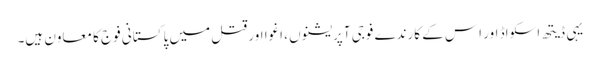
یہی ڈیتھ اسکواڈ اور اِس کے کارندے فوجی آپریشنوں ، اغوا اور قتل میں پاکستانی فوج کا معاون ہیں۔